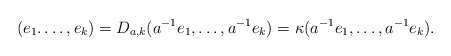
\begin{align*}(e_{1}. \dots, e_{k}) = D_{a,k}(a^{-1}e_{1}, \dots, a^{-1}e_{k}) = \kappa (a^{-1}e_{1}, \dots, a^{-1}e_{k}).\end{align*}